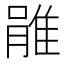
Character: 𨿔